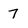
Character: 7